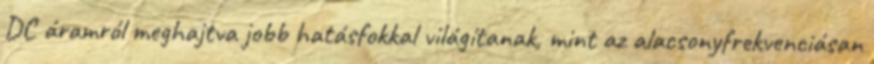
DC áramról meghajtva jobb hatásfokkal világítanak, mint az alacsonyfrekvenciásan